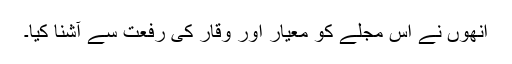
انھوں نے اس مجلے کو معیار اور وقار کی رفعت سے آشنا کیا۔